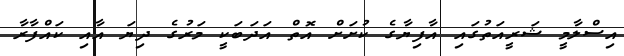
އިސްލާމީ ޝަރީއަތުގައި އާފިޔާގެ ކުށަށް އޮތް އަދަބަކީ މަރުގެ ދިޔަ އާއި ކައްފާރާ